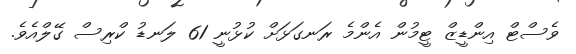
ވެސްޓް އިންޑީޒް ޓީމުން އެންމެ ރަނގަޅަށް ކުޅުނީ 61 ލަނޑު ކްރިސް ގޭލްއެވެ.